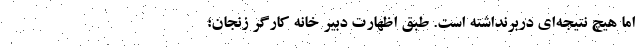
اما هیچ نتیجه‌ای دربرنداشته است. طبق اظهارت دبیر خانه کارگر زنجان؛